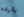
بارده